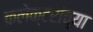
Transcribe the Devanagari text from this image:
कलेक्टरांच्या